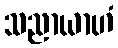
သညာယာဟံ